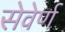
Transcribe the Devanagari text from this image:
सेवेर्ण